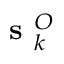
\textbf { s } _ { k } ^ { O }